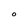
Character: O